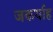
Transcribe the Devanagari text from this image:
जकर्याह